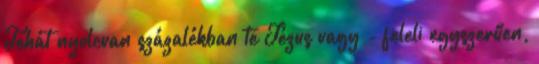
Tehát nyolcvan százalékban te Jézus vagy - feleli egyszerűen,